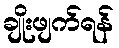
ချိုးဖျက်ရန်